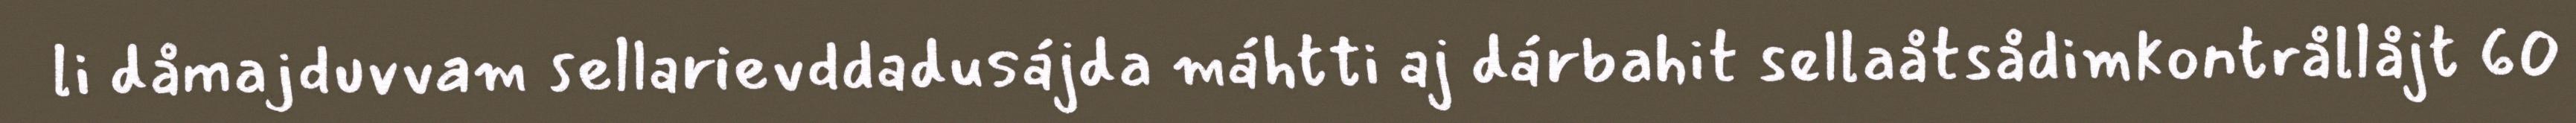
li dåmajduvvam sellarievddadusájda máhtti aj dárbahit sellaåtsådimkontrållåjt 60